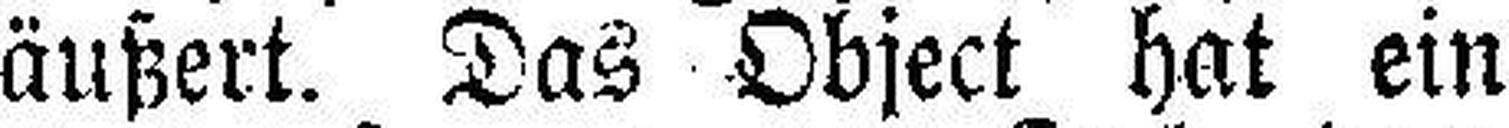
äußert. Das Object hat ein